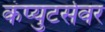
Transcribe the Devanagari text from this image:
कंप्युटर्सवर